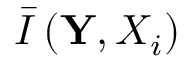
\bar { I } \left( \mathbf { Y } , { X } _ { i } \right)